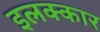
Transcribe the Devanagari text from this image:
इलक्कार